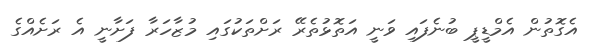
އެގޮތުން އެމްޑީޕީ ބުނެފައި ވަނީ އަތޮޅުތެރޭ ރަށްތަކުގައި މުޒާހަރާ ފަށާނީ އެ ރަށެއްގެ